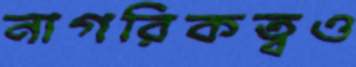
নাগরিকত্বও